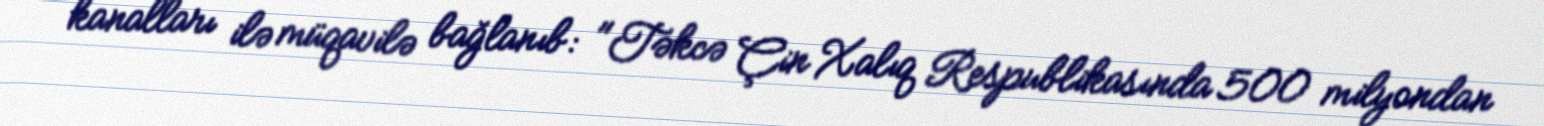
kanalları ilə müqavilə bağlanıb: "Təkcə Çin Xalıq Respublikasında 500 milyondan